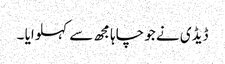
ڈیڈی نے جو چاہا مجھ سے کہلوایا ۔